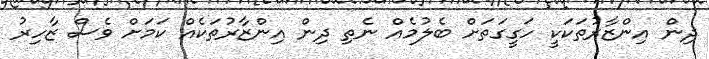
ދިން އިންޒާރުތަކަކީ ހަގީގަތަށް ބެލުމެއް ނެތި ދިން އިންޒާރުތަކެއް ކަމަށް ވެސް ޒާހިރު